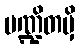
ပဏ္ဍိတမှိ